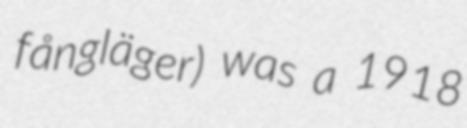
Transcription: fångläger) was a 1918